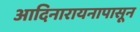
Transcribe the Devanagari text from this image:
आदिनारायनापासून